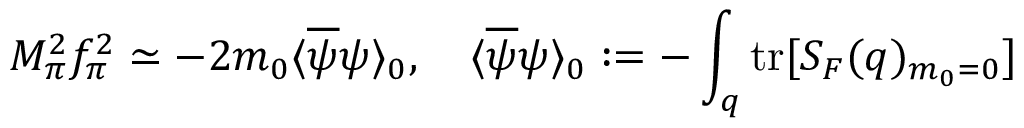
M _ { \pi } ^ { 2 } f _ { \pi } ^ { 2 } \simeq - 2 m _ { 0 } \langle \overline { { { \psi } } } \psi \rangle _ { 0 } , \quad \langle \overline { { { \psi } } } \psi \rangle _ { 0 } : = - \int _ { q } \mathrm { t r } [ S _ { F } ( q ) _ { m _ { 0 } = 0 } ]